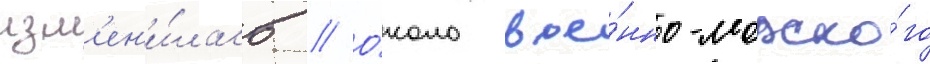
изм'ен'и́лась // О́коло вое́нно-морско́го